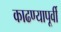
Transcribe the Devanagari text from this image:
काढण्यापूर्वी